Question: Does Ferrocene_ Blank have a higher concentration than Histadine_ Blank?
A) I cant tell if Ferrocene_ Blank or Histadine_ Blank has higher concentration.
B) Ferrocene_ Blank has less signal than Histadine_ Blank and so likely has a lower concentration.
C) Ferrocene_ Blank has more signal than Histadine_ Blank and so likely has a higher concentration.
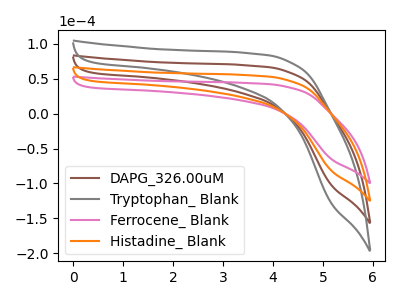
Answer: <think>The brown curve "DAPG_326.00uM" has no peaks. The gray curve "Tryptophan_ Blank" has no peaks. The pink curve "Ferrocene_ Blank" has no peaks. The orange curve "Histadine_ Blank" has no peaks.
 Neither "Ferrocene_ Blank" or "Histadine_ Blank" have any peaks.</think>
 <answer>A) I cant tell if "Ferrocene_ Blank" or "Histadine_ Blank" has higher concentration.</answer>
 <eval>A</eval>